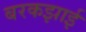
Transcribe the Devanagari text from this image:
बरकझाई